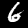
Label: 6